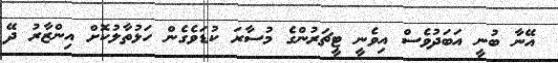
އޭނާ ބުނީ އަބަދުވެސް އިވެނީ ޓީޗަރުންގެ މުސާރަ ކުޑަވެގެން ހަޅުތާލުކޮށް އިންޒާރު ދޭ